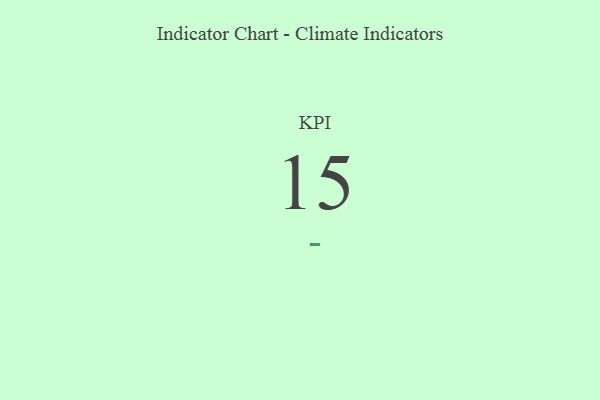
{"axis": {"x": "KPI", "y": "Value"}, "legend": [""], "data": [{"x": "KPI", "y": 15, "type": ""}]}